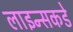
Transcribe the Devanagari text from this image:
लाइन्सकडे